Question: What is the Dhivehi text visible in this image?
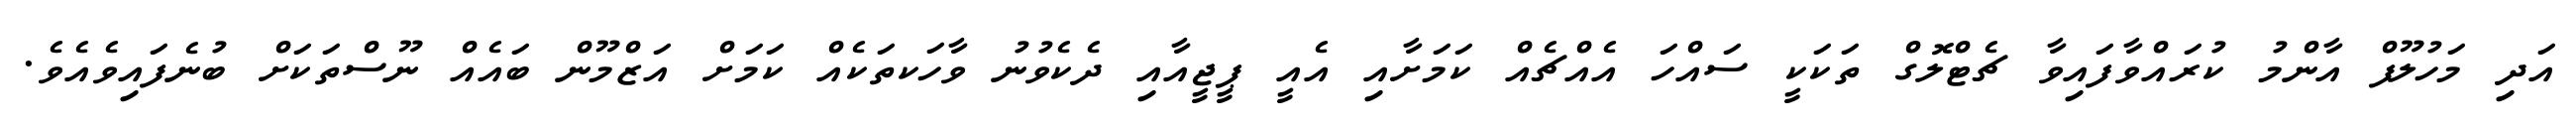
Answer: އަދި މަހުލޫފް އާންމު ކުރައްވާފައިވާ ޗެޓްލޮގް ތަކަކީ ސައްހަ އެއްޗެއް ކަމަށާއި އެއީ ޕީޖީއާއި ދެކެވުނު ވާހަކތަކެއް ކަމަށް އަޒްމޫން ބައެއް ނޫސްތަކަށް ބުނެފައިވެއެވެ.